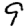
Digit: 9